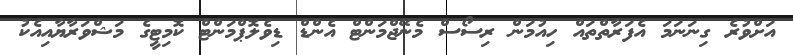
އަށްވުރެ ގިނަނަމަ އެފަރާތްތައް ހިއުމަން ރިސޯސް މެނޭޖްމަންޓް އެންޑް ޑިވެލޮޕްމަންޓް ކޮމިޓީގެ މަޝްވަރާޔާއިއެކު